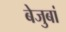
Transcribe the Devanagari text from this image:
बेजुबां